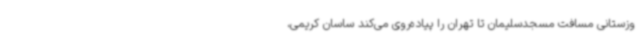
وزستانی مسافت مسجدسلیمان تا تهران را پیاده‌روی می‌کند ساسان کریمی،